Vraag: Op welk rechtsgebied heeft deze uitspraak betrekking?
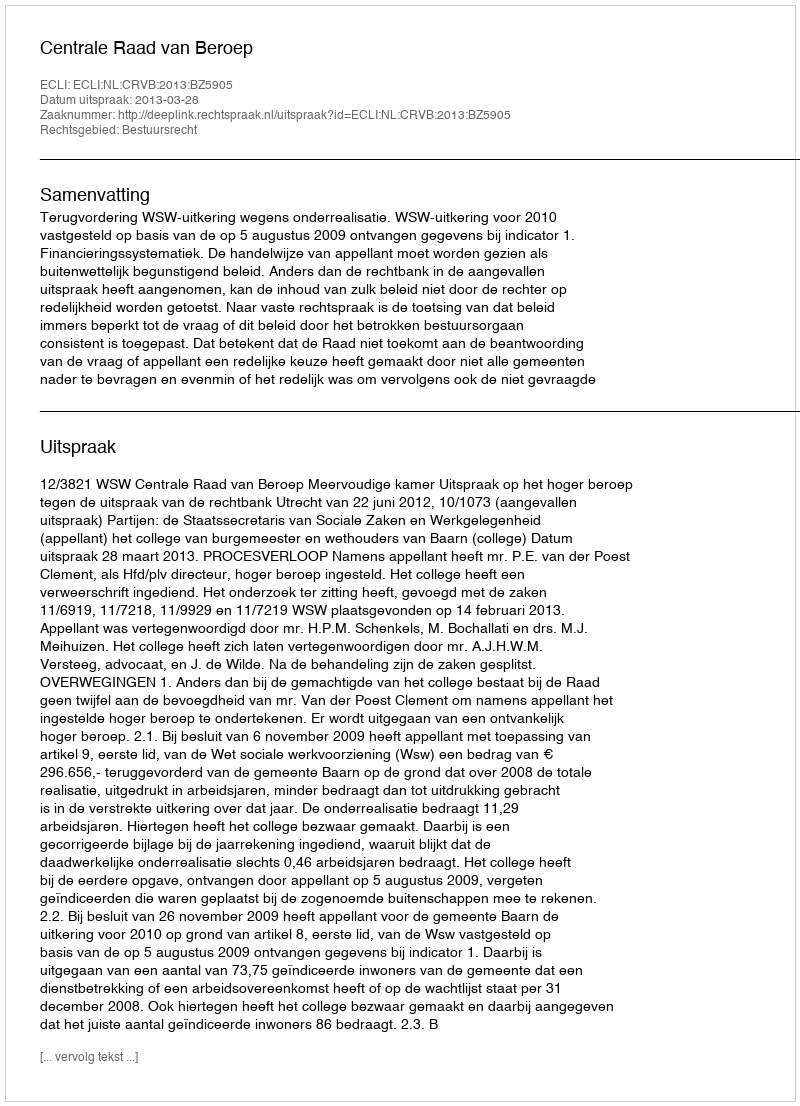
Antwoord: Bestuursrecht